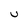
Character: U